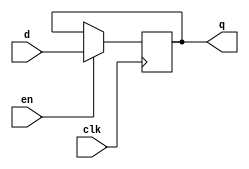
module reg_no_rst_en
# (
    parameter w = 1
) 
(
    input                clk,
    input                en,
    input      [w - 1:0] d,
    output reg [w - 1:0] q
);

    always @ (posedge clk)
        if (en)
            q <= d;

endmodule